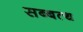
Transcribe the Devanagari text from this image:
सब्बत्थ